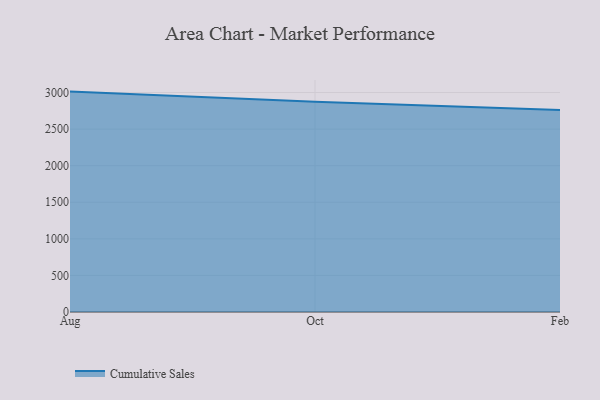
{"axis": {"x": "Month", "y": "Temperature (°C)"}, "legend": ["Cumulative Sales"], "data": [{"x": "Aug", "y": 3012.8, "type": "Cumulative Sales"}, {"x": "Oct", "y": 2873.1, "type": "Cumulative Sales"}, {"x": "Feb", "y": 2760.7, "type": "Cumulative Sales"}]}